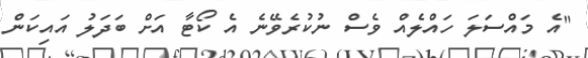
"އެ މައްސަލަ ހައްލެއް ވެސް ނުކުރެވޭނެ އެ ކޯޓާ އަށް ބަދަލު އައިކަން